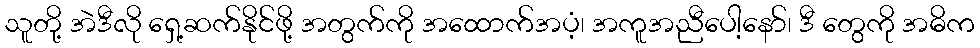
သူတို့ အဲဒီလို ရှေ့ဆက်နိုင်ဖို့ အတွက်ကို အထောက်အပံ့၊ အကူအညီပေါ့နော်၊ ဒီ တွေကို အဓိက